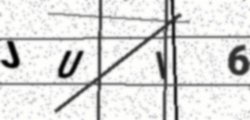
Text: JUI6